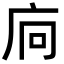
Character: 𢇺